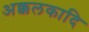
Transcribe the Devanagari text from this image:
अक्कलकादि